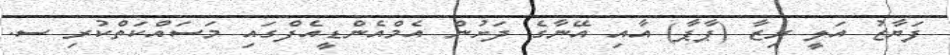
ފަޔާޒު އަލީ ރިޒާ (ޕާޕާ) އާއި އޭނާގެ ދަށުން އެމްއެންޑީއެފްގައި މަސައްކަތްކުރި ސ.